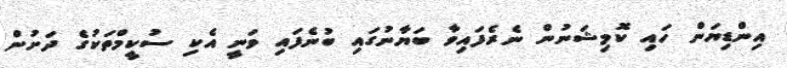
އިންޑިޔަން ހައި ކޮމިޝަނުން ނެރެފައިވާ ބަޔާނުގައި ބުނެފައި ވަނީ އެކި ސުކީމްތަކުގެ ދަށުން